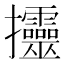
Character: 𢺰